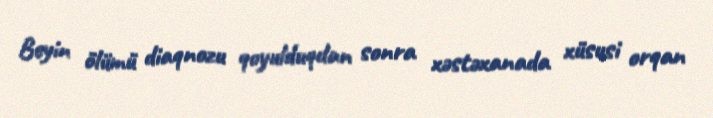
Beyin ölümü diaqnozu qoyulduqdan sonra xəstəxanada xüsusi orqan